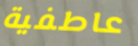
عاطفية